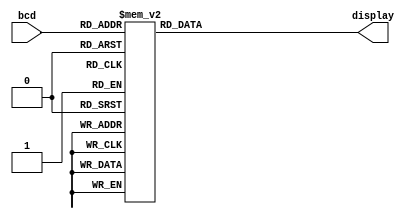
module BCDto7seg( 
input [3:0] bcd,
output reg [6:0] display);
parameter blank = 7'b111_1111;
parameter zero =7'b000_0001;
parameter one= 7'b100_1111;
parameter two= 7'b001_0010;
parameter three= 7'b000_0110;
parameter four= 7'b100_1100;
parameter five = 7'b010_0100;
parameter six= 7'b010_0000;
parameter seven=7'b000_1111;
parameter eight=7'b000_00000;
parameter nine= 7'b000_0100;
always @ (*)
case (bcd)
0: display= zero;
1: display= one;
2: display= two;
3: display=three;
4: display= four;
5: display=five;
6: display= six;
7:display=seven;
8:display= eight;
9:display=nine;
default:display=blank;
endcase
endmodule